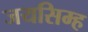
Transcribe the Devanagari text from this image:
जयसिम्ह